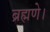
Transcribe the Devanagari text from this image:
ब्रह्मणे।